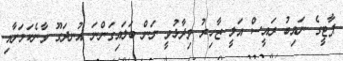
ޕާޓީގެ ނައިބު ރައީސް އަލީ ޒާހިރު ވިދާޅުވީ ނަން ބަލައިގަންނަ އުނދަގޫ ވާނެކަމަށާއި